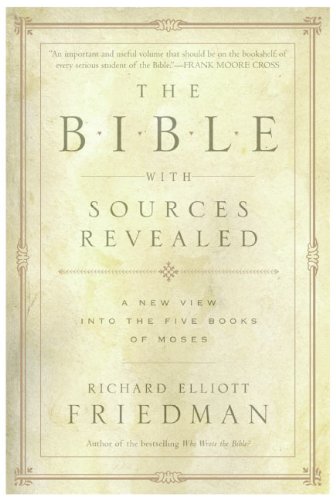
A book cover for The Bible with Sources Revealed; Richard Elliott Friedman; Reference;